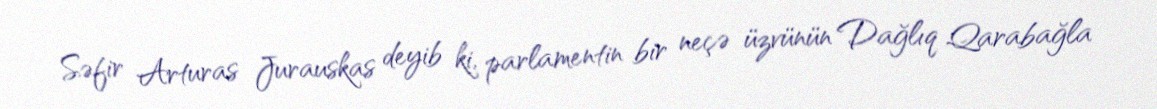
Səfir Arturas Jurauskas deyib ki, parlamentin bir neçə üzvünün Dağlıq Qarabağla